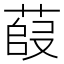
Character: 𫈿